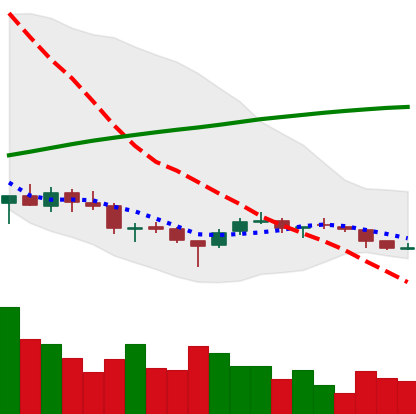
Ticker: DOGE-USD
Chart end date: 2018-03-28
Forward return: -10.952%
Label: down_7plus